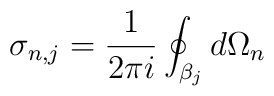
\sigma_{n,j} = \frac{1}{2\pi i} \oint_{\beta_j} d\Omega_n